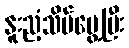
နူးညံ့သိမ်မွေ့ပြီး